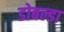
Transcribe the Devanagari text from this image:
डोबल्डा